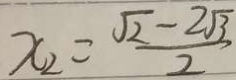
x _ { 2 } = \frac { \sqrt { 2 } - 2 \sqrt { 3 } } { 2 }